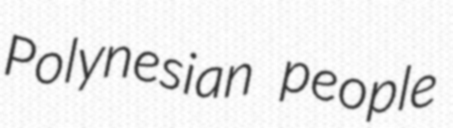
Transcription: Polynesian people